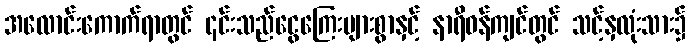
အလောင်းကောက်ရာတွင် ၎င်းသည်ငွေကြေးများစွာနှင့် နာရီဝန်ကျင်တွင် သင့်နှလုံးသား၌